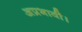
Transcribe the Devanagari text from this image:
अप्रभावी।